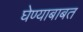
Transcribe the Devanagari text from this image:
घेण्याबाबत